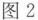
图2